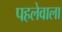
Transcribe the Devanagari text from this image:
पहलेवाला